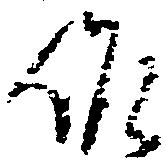
詐